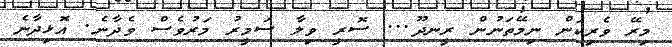
މިރޭ ވެރިކަން ނިމޭތަނުން ރީނދޫ... ސޮރީ ވިލާ ސަމީރު މަރުވެސް ވެދާނެ. އޮޅިދާނެ